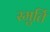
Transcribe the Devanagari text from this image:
स्मुर्ति